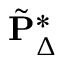
\tilde { \mathbf { P } } _ { \Delta } ^ { \ast }